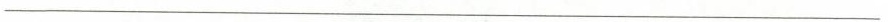
___